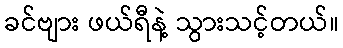
ခင်ဗျား ဖယ်ရီနဲ့ သွားသင့်တယ်။